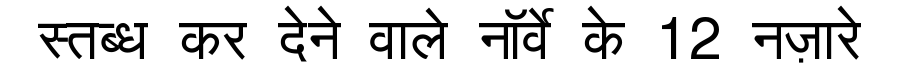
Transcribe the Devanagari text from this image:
स्तब्ध कर देने वाले नॉर्वे के 12 नज़ारे